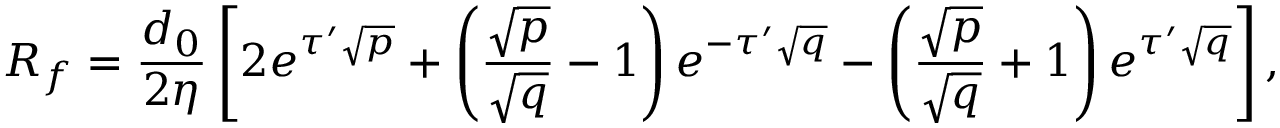
R _ { f } = \frac { d _ { 0 } } { 2 \eta } \left[ 2 e ^ { \tau ^ { \prime } \sqrt { p } } + \left( \frac { \sqrt { p } } { \sqrt { q } } - 1 \right) e ^ { - \tau ^ { \prime } \sqrt { q } } - \left( \frac { \sqrt { p } } { \sqrt { q } } + 1 \right) e ^ { \tau ^ { \prime } \sqrt { q } } \right] ,